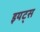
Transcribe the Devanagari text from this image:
इयट्स